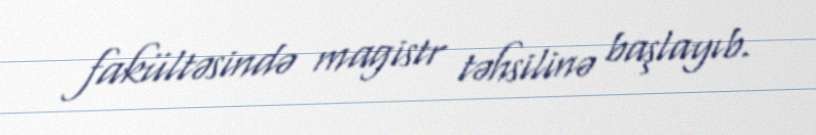
fakültəsində magistr təhsilinə başlayıb.